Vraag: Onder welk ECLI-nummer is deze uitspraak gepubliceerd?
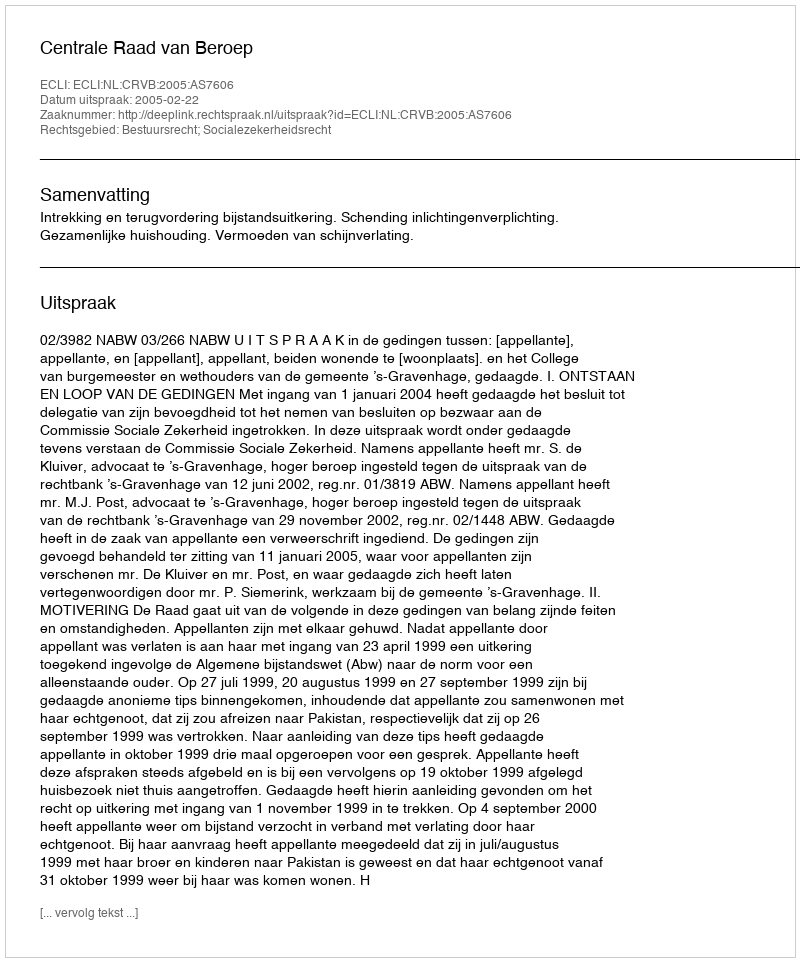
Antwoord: ECLI:NL:CRVB:2005:AS7606